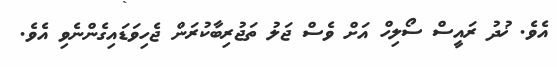
އެވެ. ޚުދު ރައީސް ސޯލިހް އަށް ވެސް ޖަލު ތަޖުރިބާކުރަން ޖެހިވަޑައިގެންނެވި އެވެ.